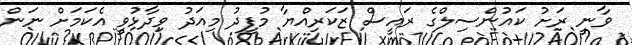
ވާނީ ރަށު ކައުންސިލްގެ ރައީސް ޒަކަރިއްޔާ މުފީދު މިއަދު ވިދާޅުވީ އެކަމަށް ނަން